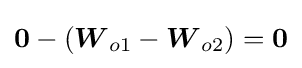
{\boldsymbol {0}}-({\boldsymbol {W}}_{o1}-{\boldsymbol {W}}_{o2})={\boldsymbol {0}}